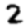
Digit: 2